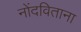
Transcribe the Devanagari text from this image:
नोंदविताना